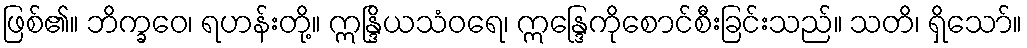
ဖြစ်၏။ ဘိက္ခဝေ၊ ရဟန်းတို့။ ဣန္ဒြိယသံဝရေ၊ ဣန္ဒြေကိုစောင်စီးခြင်းသည်။ သတိ၊ ရှိသော်။